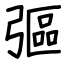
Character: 彄